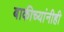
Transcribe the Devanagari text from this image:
बाकीच्यांनीही